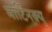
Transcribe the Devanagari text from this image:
मार्टिनक्यू